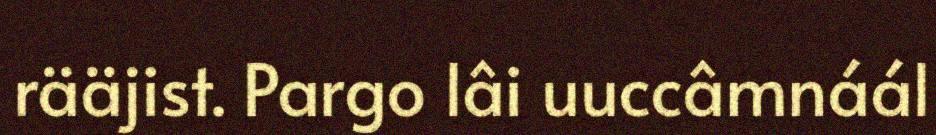
rääjist. Pargo lâi uuccâmnáál